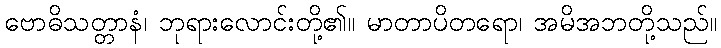
ဗောဓိသတ္တာနံ၊ ဘုရားလောင်းတို့၏။ မာတာပိတရော၊ အမိအဘတို့သည်။